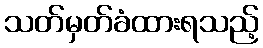
သတ်မှတ်ခံထားရသည့်